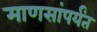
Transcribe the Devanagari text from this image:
माणसांपर्यंत